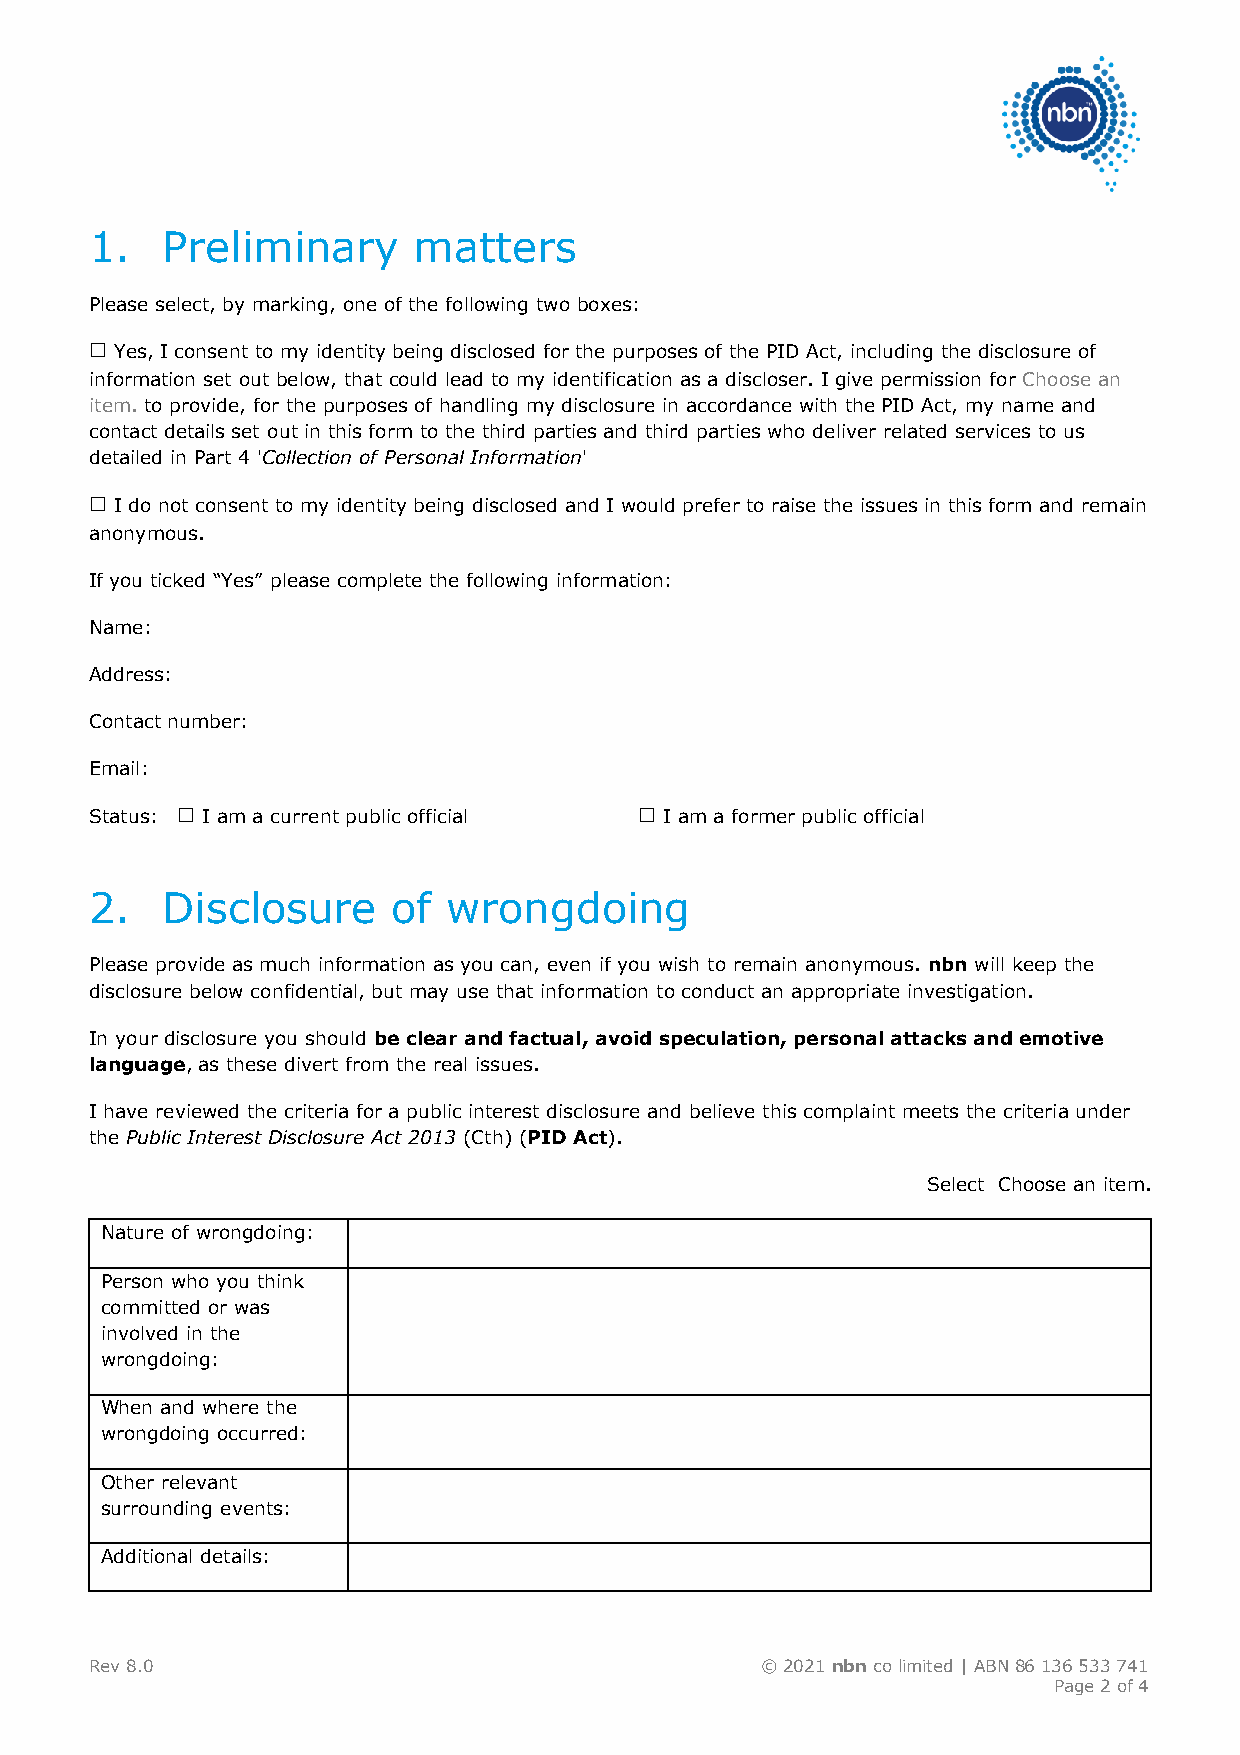
1.   Preliminary     matters
 Please select, by marking, one of the following two boxes:
 ☐ Yes, I consent to my identity being disclosed for the purposes of the PID Act, including the disclosure of
 information set out below, that could lead to my identification as a discloser. I give permission for Choose an
 item. to provide, for the purposes of handling my disclosure in accordance with the PID Act, my name and
 contact details set out in this form to the third parties and third parties who deliver related services to us
 detailed in Part 4 'Collection of Personal Information'
 ☐ I do not consent to my identity being disclosed and I would prefer to raise the issues in this form and remain
 anonymous.
 If you ticked “Yes” please complete the following information:
 Name:
 Address:
 Contact number:
 Email:
 Status: ☐ I am a current public official ☐ I am a former public official
 2.   Disclosure     of  wrongdoing
 Please provide as much information as you can, even if you wish to remain anonymous. nbn will keep the
 disclosure below confidential, but may use that information to conduct an appropriate investigation.
 In your disclosure you should be clear and factual, avoid speculation, personal attacks and emotive
 language, as these divert from the real issues.
 I have reviewed the criteria for a public interest disclosure and believe this complaint meets the criteria under
 the Public Interest Disclosure Act 2013 (Cth) (PID Act).
 Select Choose an item.
 Nature of wrongdoing:
 Person who you think
 committed or was
 involved in the
 wrongdoing:
 When and where the
 wrongdoing occurred:
 Other relevant
 surrounding events:
 Additional details:
 Rev 8.0                                     © 2021 nbn co limited | ABN 86 136 533 741
 Page 2 of 4